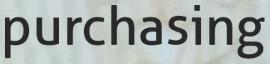
purchasing